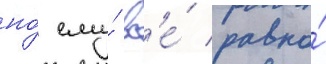
но́ ему́ вс'е́ равно́